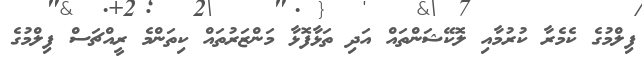
ފިލްމުގެ ކެމެރާ ކުރުމާއި ލޮކޭޝަންތައް އަދި ތަޅާފޮޅާ މަންޒަރުތައް ކިތަންމެ ރީއްޗަސް ފިލްމުގެ